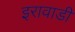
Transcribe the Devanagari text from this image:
इरावाडी